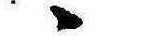
ゝ